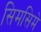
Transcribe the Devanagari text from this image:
सिमसिमे